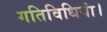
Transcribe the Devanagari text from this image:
गतिविधियां।